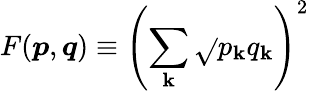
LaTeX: F({\boldsymbol{p}},{\boldsymbol{q}})\equiv\left(\sum_{\mathbf{k}}{\sqrt{}{{p_{\mathbf{k}}q_{\mathbf{k}}}}}\right)^{2}